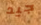
جيد